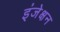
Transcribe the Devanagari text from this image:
इंजेक्षन